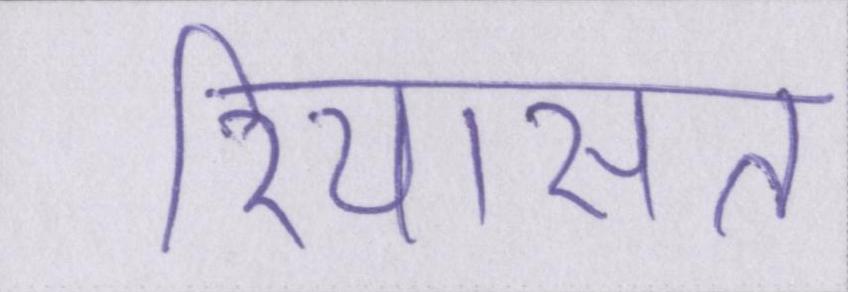
रियासत